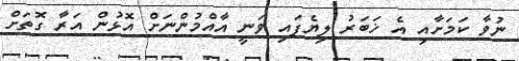
ނުވާ ކަމަށާއި އެ ޚަބަރު ލިޔެފައި ވަނީ އާއްމުންނަށް އޮޅުން އަރާ ގޮތަށް